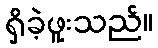
ရှိခဲ့ဖူးသည်။